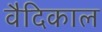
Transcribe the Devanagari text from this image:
वैदिकाल